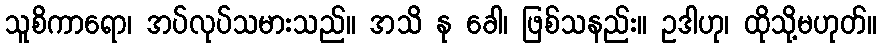
သူစိကာရော၊ အပ်လုပ်သမားသည်။ အသိ နု ခေါ၊ ဖြစ်သနည်း။ ဥဒါဟု၊ ထိုသို့မဟုတ်။